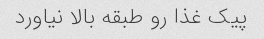
پیک غذا رو طبقه بالا نیاورد